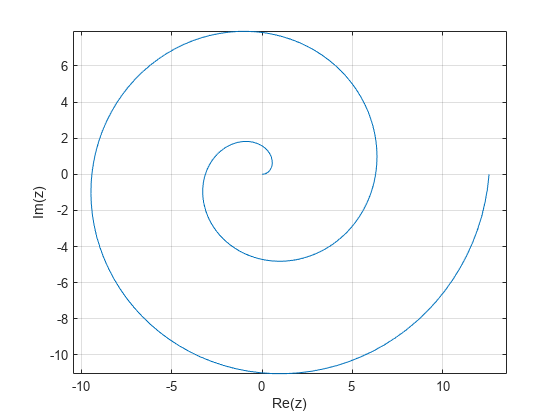
matlab, plot